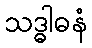
သဒ္ဓါဓနံ